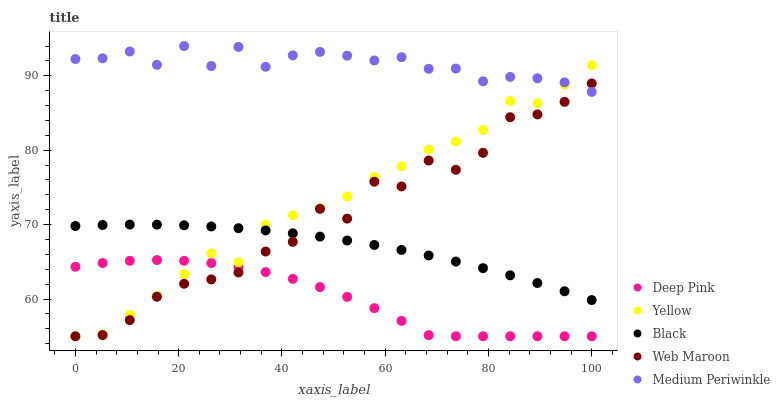
| xaxis_label | Deep Pink | Yellow | Black | Web Maroon | Medium Periwinkle |
 | --- | --- | --- | --- | --- | --- |
 | 0 | 64.3 | 55 | 69.8 | 55 | 92.3 |
 | 5.26 | 64.8 | 55.2 | 69.9 | 55.2 | 92.3 |
 | 10.5 | 65.1 | 57.9 | 70 | 57.2 | 93.3 |
 | 15.8 | 65.2 | 60.5 | 70 | 60.3 | 91.5 |
 | 21.1 | 65.1 | 63.4 | 69.9 | 62.1 | 94 |
 | 26.3 | 64.8 | 66.1 | 69.8 | 62.6 | 91.3 |
 | 31.6 | 64.3 | 64.9 | 69.5 | 63.6 | 93.9 |
 | 36.8 | 63.6 | 70 | 69.2 | 66.4 | 91.2 |
 | 42.1 | 62.7 | 71.3 | 68.8 | 67.7 | 92.7 |
 | 47.4 | 61.6 | 72.2 | 68.4 | 72.1 | 93.2 |
 | 52.6 | 60.3 | 73.8 | 67.9 | 70.8 | 92.7 |
 | 57.9 | 58.8 | 76.4 | 67.3 | 75.8 | 92.1 |
 | 63.2 | 57.1 | 77.8 | 66.6 | 75.1 | 92.5 |
 | 68.4 | 55.1 | 80.1 | 65.9 | 78.6 | 90.9 |
 | 73.7 | 55 | 81.2 | 65 | 77.4 | 91 |
 | 78.9 | 55 | 82.7 | 64.1 | 79.6 | 89.3 |
 | 84.2 | 55 | 86.6 | 63.2 | 84.4 | 89.9 |
 | 89.5 | 55 | 86.3 | 62.2 | 84.8 | 89.7 |
 | 94.7 | 55 | 88.8 | 61 | 86.5 | 89.1 |
 | 100 | 55 | 91.4 | 59.9 | 89 | 87.8 |